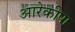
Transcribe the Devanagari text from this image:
आरेकीपा